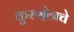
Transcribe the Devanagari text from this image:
कुरुक्षेत्रचे